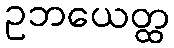
ဥဘယေတ္ထ